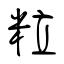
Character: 粒